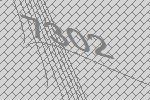
7302